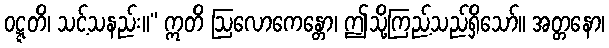
ဝဋ္ဋတိ၊ သင့်သနည်း။” ဣတိ ဩလောကေန္တော၊ ဤသို့ကြည့်သည်ရှိသော်။ အတ္တနော၊